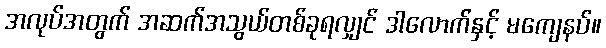
အလုပ်အတွက် အဆက်အသွယ်တစ်ခုရလျှင် ဒါလောက်နှင့် မကျေနပ်။